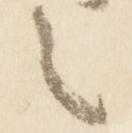
之